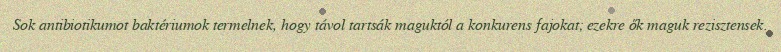
Sok antibiotikumot baktériumok termelnek, hogy távol tartsák maguktól a konkurens fajokat; ezekre ők maguk rezisztensek.